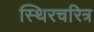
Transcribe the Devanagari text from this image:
स्थिरचरित्र